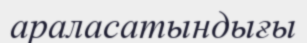
араласатындығы